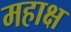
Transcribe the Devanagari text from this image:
महाक्ष